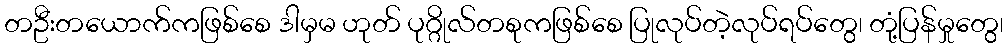
တဦးတယောက်ကဖြစ်စေ ဒါမှမ ဟုတ် ပုဂ္ဂိုလ်တစုကဖြစ်စေ ပြုလုပ်တဲ့လုပ်ရပ်တွေ၊ တုံ့ပြန်မှုတွေ၊